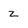
Character: z